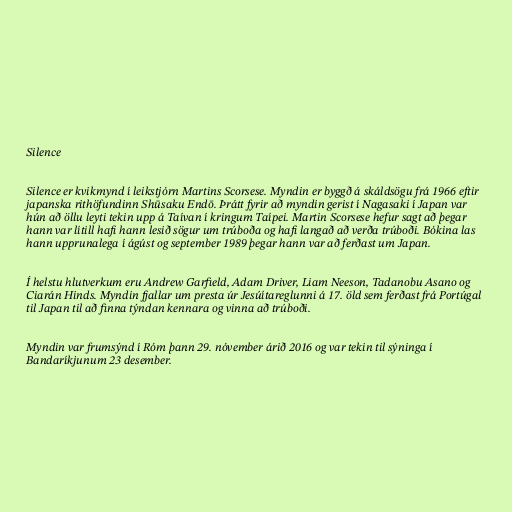
Silence

Silence er kvikmynd í leikstjórn Martins Scorsese. Myndin er byggð á skáldsögu frá 1966 eftir
japanska rithöfundinn Shūsaku Endō. Þrátt fyrir að myndin gerist í Nagasaki í Japan var
hún að öllu leyti tekin upp á Taívan í kringum Taípei. Martin Scorsese hefur sagt að þegar
hann var lítill hafi hann lesið sögur um trúboða og hafi langað að verða trúboði. Bókina las
hann upprunalega í ágúst og september 1989 þegar hann var að ferðast um Japan.

Í helstu hlutverkum eru Andrew Garfield, Adam Driver, Liam Neeson, Tadanobu Asano og
Ciarán Hinds. Myndin fjallar um presta úr Jesúítareglunni á 17. öld sem ferðast frá Portúgal
til Japan til að finna týndan kennara og vinna að trúboði.

Myndin var frumsýnd í Róm þann 29. nóvember árið 2016 og var tekin til sýninga í
Bandaríkjunum 23 desember.